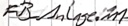
Text: FB_Anlage.M1